Annual report of the Bengal Veterinary College and of the Civil Veterinary Department, Bengal, for the year 1920-21 - 1920-1921
Year: 1920
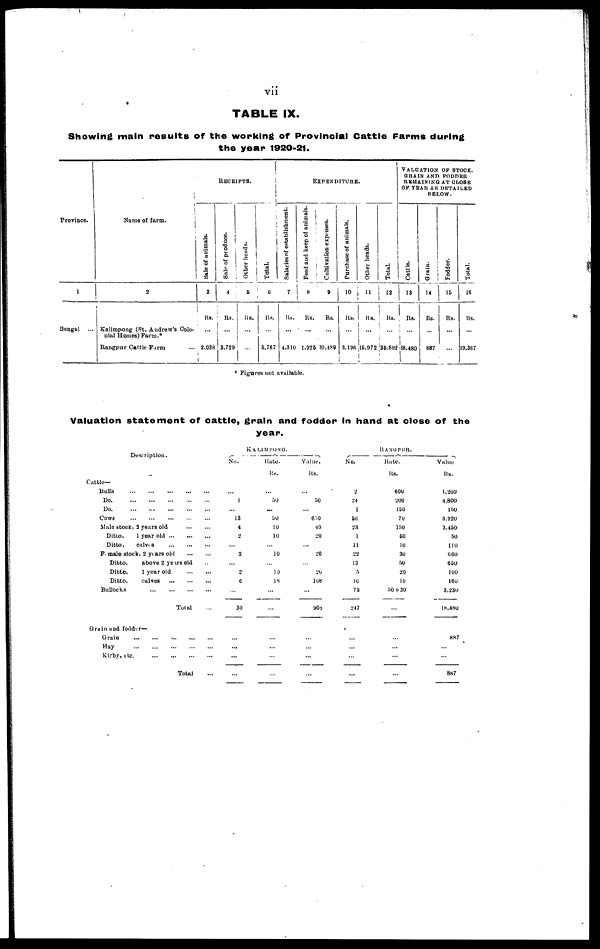
vii
TABLE IX.
Showing main results of the working of Provincial Cattle Farms during
the year 1920-21.
Province.
1
Bengal
...
Name of farm.
2
i
Kolimpong (St. Andrew's Colo-
nial Homes) Farm. 0
Rangpur Cattle Farm ...
RECEIPTS.
Sale of animals.
3
Rs.
...
2,038
Sale
of produce.
4
Rs.
...
3,729
Other heads.
5
Rs.
...
...
Total.
6
Rs.
...
5,767
EXPENDITURE.
Salaries of establishment.
7
Rs.
...
4,310
Feed and keep of animals.
8
Rs.
...
1,925
Cultivation expenses.
9
Rs.
...
10,489
Purchase of animals.
10
Rs.
...
3,196
Other heads.
11
Rs.
...
l5,972
Total.
12
Rs.
...
35,892
VALUATION
OF
STOCK
GRAIN AND FODDER
REMAINING AT CLOSE
OF YEAR AS DETAILED
BELOW.
Cattle.
13
Rs.
...
|18,480
Grain.
14
Rs.
...
887
Fodder.
15
Rs.
...
...
Total.
16
Rs.
...
19,367
Figures not available.
Valuation statement of cattle, grain and fodder in hand at close of the
year.
Description .
Cattle-
Bulls
...
...
...
...
...
Do ... ... ... ... ...
Do ... ... ... ... ...
Cows
...
...
...
...
...
Male stock, 2 years old
...
...
Ditto,
1 year old
...
...
...
Ditto,
calves
...
...
...
Female stock, 2 years old
...
...
Ditto,
above 2 years old ...
Ditto,
1 year old
...
...
Ditto,
calves
...
...
...
Bullocks
...
...
...
...
Total ...
Grain and fodder—
Grain
...
...
...
...
...
Hay ... ... ... ... ...
Kirby, etc ... ... ... ...
Total ...
KAI.IMPONG.
No.
...
1
...
13
4
2
...
2
...
2
6
...
30
...
...
...
...
Hate.
Rs.
...
50
...
50
10
10
...
10
...
10
18
...
...
...
...
...
...
Value.
Rs.
...
50
...
650
40
20
...
20
...
20
108
...
903
...
...
...
...
RANGPUR.
No.
2
24
1
56
23
1
11
22
13
5
10
73
247
...
...
...
...
Hate.
Rs.
600
200
150
70
150
50
10
30
50
20
10
50 + 30
...
...
...
...
...
Value
Rs.
1,200
4,800
150
3,920
3,450
50
110
660
650
100
160
3,230
18,480
887
...
...
887